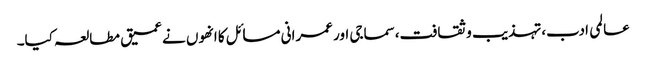
عالمی ادب،تہذیب و ثقافت،سماجی اور عمرانی مسائل کا انھوں نے عمیق مطالعہ کیا۔